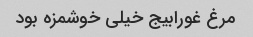
مرغ غورابیج خیلی خوشمزه بود